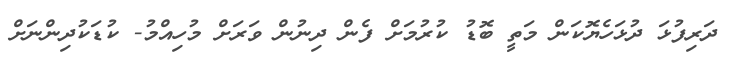
ދަރިފުޅަ ދުޅަހެޔޮކަން މަތީ ބޮޑު ކުރުމަށް ފެން ދިނުން ވަރަށް މުހިއްމު- ކުޑަކުދިންނަށް